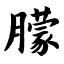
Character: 朦